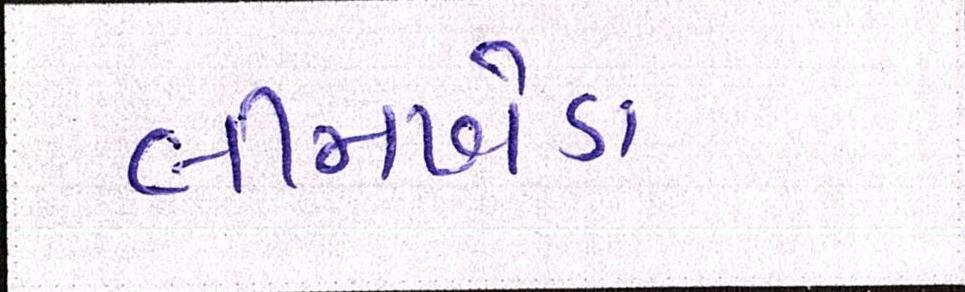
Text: લીમખેડા